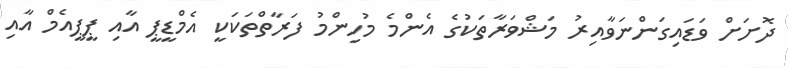
ދޮށަށް ވަޑައިގަންނަވާއިރު މަޝްވަރާތަކުގެ އެންމެ މުހިންމު ފަރާތްތަކަކީ އެމްޑީޕީ އާއި ޕީޕީއެމް އާއި